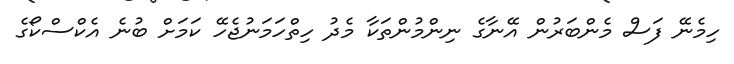
ހިމެނޭ ފަސް މެންބަރުން އޭނާގެ ނިންމުންތަކާ މެދު ހިތްހަމަނުޖެހޭ ކަމަށް ބުނެ އެކްސްކޯގެ